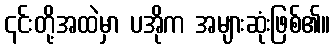
၎င်းတို့အထဲမှာ ပအိုက အများဆုံးဖြစ်၏။